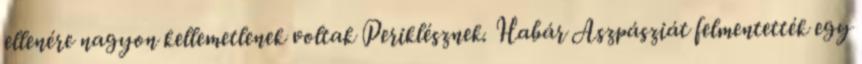
ellenére nagyon kellemetlenek voltak Periklésznek. Habár Aszpásziát felmentették egy